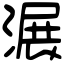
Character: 𣺹